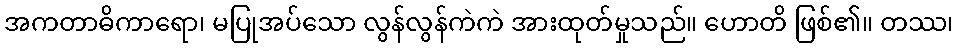
အကတာဓိကာရော၊ မပြုအပ်သော လွန်လွန်ကဲကဲ အားထုတ်မှုသည်။ ဟောတိ ဖြစ်၏။ တဿ၊